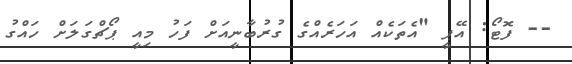
-- ފޮޓޯ: އޭޕީ "އެތަކެއް އަހަރެއްގެ ގުރުބާނީއަށް ފަހު މިއީ ޕޯޗްގަލަށް ހައްގު